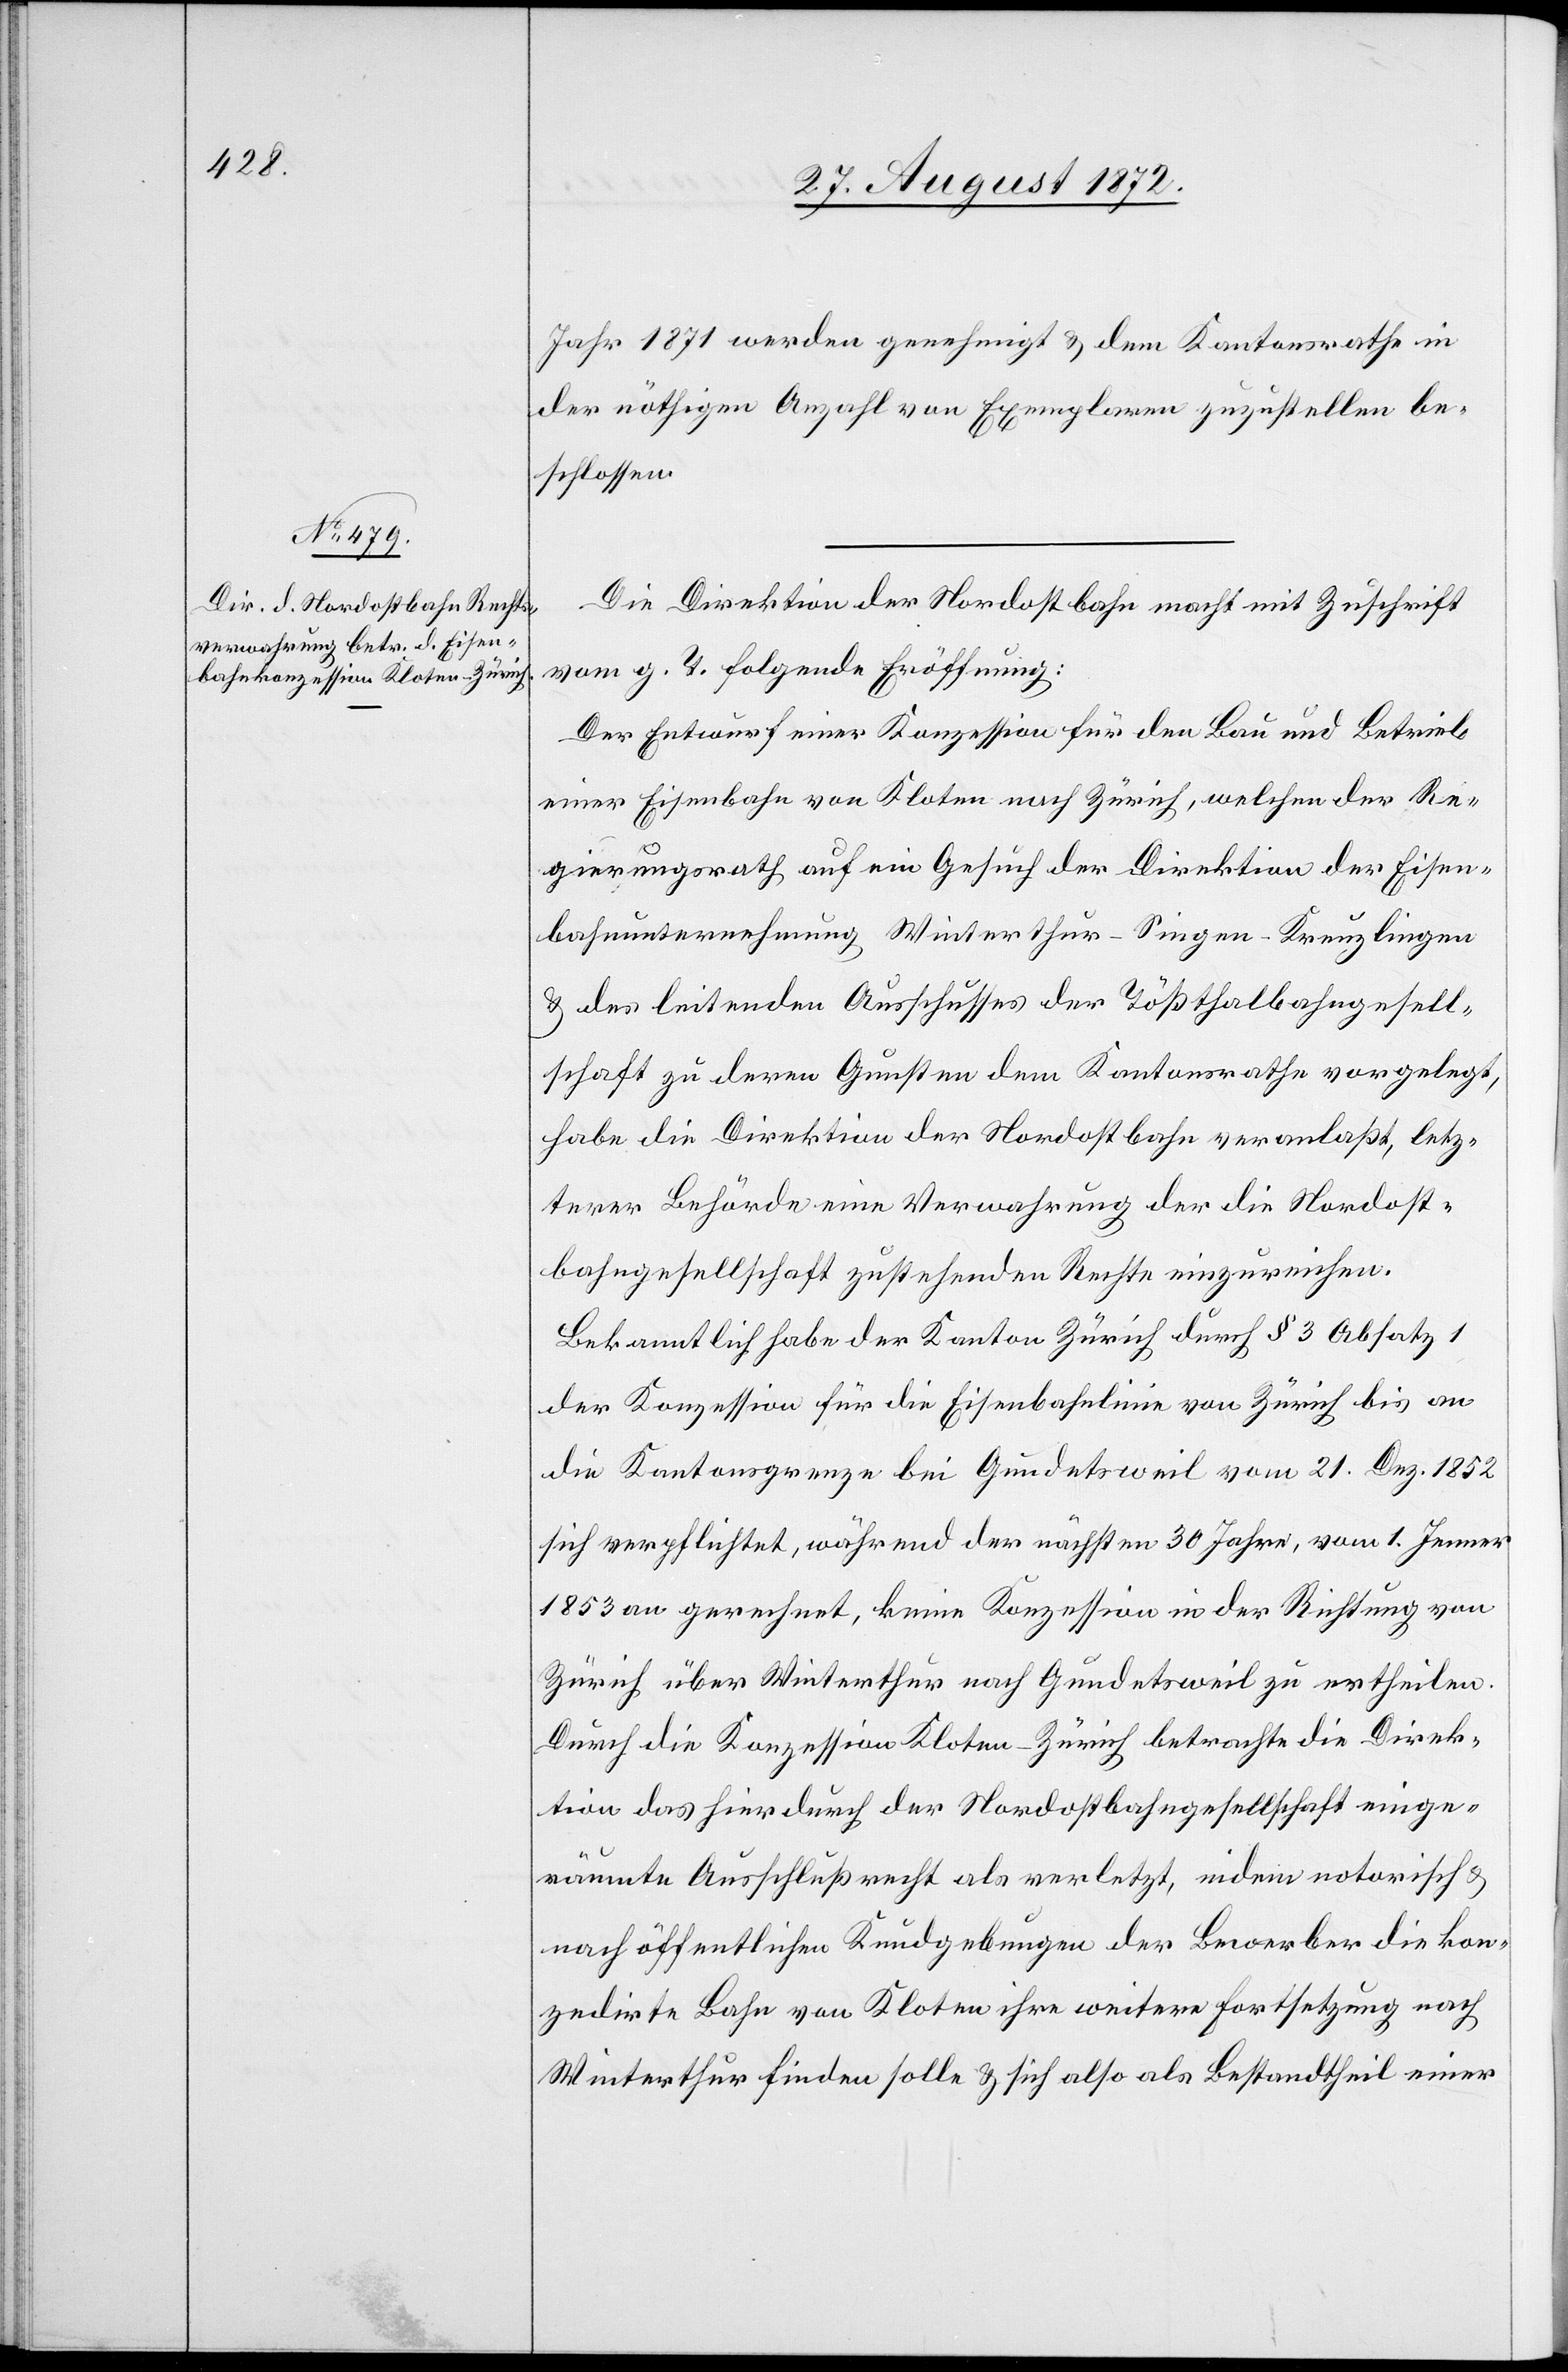
Jahr 1871 werden genehmigt u. dem Kantonsrathe in
der nöthigen Anzahl von Exemplaren zuzustellen be¬
schlossen.
Die Direktion der Nordostbahn macht mit Zuschrift
vom g. T. folgende Eröffnung:
Der Entwurf einer Konzession für den Bau und Betrieb
einer Eisenbahn von Kloten nach Zürich, welchen der Re¬
gierungsrath auf ein Gesuch der Direktion der Eisen¬
bahnunternehmung Winterthur–Singen–Kreuzlingen
u. des leitenden Ausschusses der Tößthalbahngesell¬
schaft zu deren Gunsten dem Kantonsrathe vorgelegt,
habe die Direktion der Nordostbahn veranlaßt, letz¬
terer Behörde eine Verwahrung der die Nordost¬
bahngesellschaft zustehenden Rechte einzureichen.
Bekanntlich habe der Kanton Zürich durch § 3 Absatz 1
der Konzession für die Eisenbahnlinie von Zürich bis an
die Kantonsgrenze bei Gundetsweil vom 21. Dez. 1852
sich verpflichtet, während der nächsten 30 Jahre, vom 1. Jenner
1853 an gerechnet, keine Konzession in der Richtung von
Zürich über Winterthur nach Gundetsweil zu ertheilen.
Durch die Konzession Kloten–Zürich betrachte die Direk¬
tion das hierdurch der Nordostbahngesellschaft einge¬
räumte Ausschlußrecht als verletzt, indem notorisch u.
nach öffentlichen Kundgebungen der Bewerber die kon¬
zedirte Bahn von Kloten ihre weitere Fortsetzung nach
Winterthur finden solle u. sich also als Bestandtheil einer